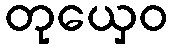
တုယှေဝ